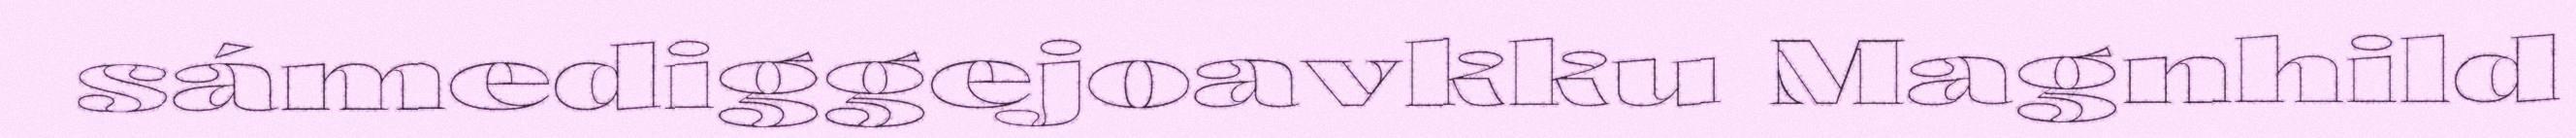
sámediggejoavkku Magnhild